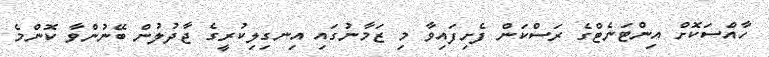
ހާއްސަކޮށް އިންޓަނެޓްގެ ރަސްކަން ފެށިފައިވާ މި ޒަމާނުގައި އިނގިލިކުރީގެ ޖާދުލުން ބޭނުންވާ ކޮންމެ